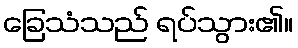
ခြေသံသည် ရပ်သွား၏။